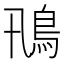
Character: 鳵